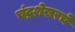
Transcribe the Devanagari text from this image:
चंद्रशेखरचे